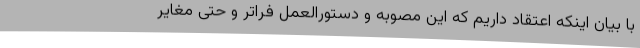
با بیان اینکه اعتقاد داریم که این مصوبه و دستورالعمل فراتر و حتی مغایر